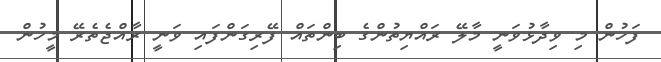
ފަހުން މި ވިދާޅުވަނީ މާލޭ ރައްޔިތުންގެ ބިންތައް ފޭރިގަންފައި ވަނީ ރާއްޖެތެރޭ މީހުން